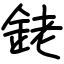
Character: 銠